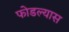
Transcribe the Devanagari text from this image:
फोडल्यास